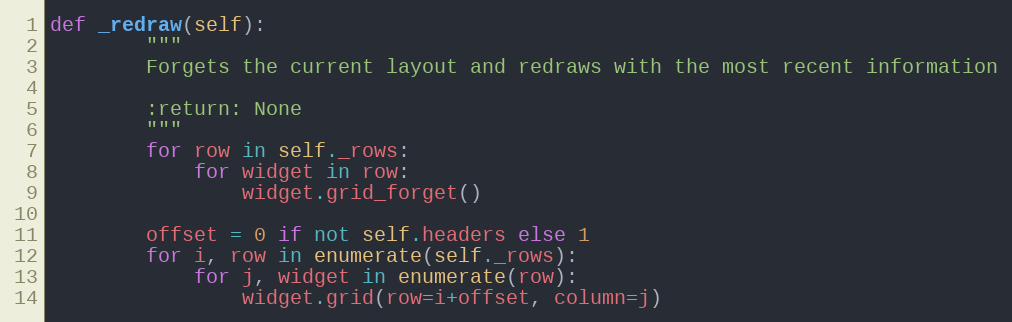
Language: Python
def _redraw(self):
        """
        Forgets the current layout and redraws with the most recent information

        :return: None
        """
        for row in self._rows:
            for widget in row:
                widget.grid_forget()

        offset = 0 if not self.headers else 1
        for i, row in enumerate(self._rows):
            for j, widget in enumerate(row):
                widget.grid(row=i+offset, column=j)